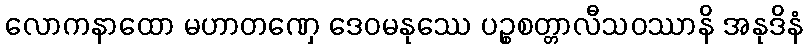
လောကနာထော မဟာတဏှေ ဒေဝမနုဿေ ပဉ္စစတ္တာလီသဝဿာနိ အနုဒိနံ